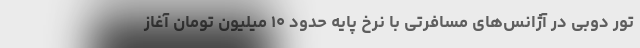
تور دوبی در آژانس‌های مسافرتی با نرخ پایه حدود ۱۰ میلیون تومان آغاز